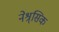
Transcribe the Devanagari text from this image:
नेश्र्सिक